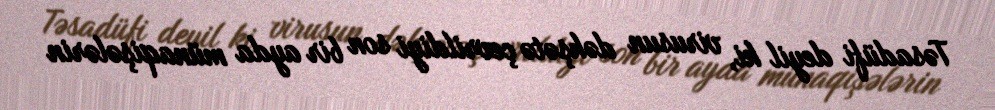
Təsadüfi deyil ki, virusun dəhşətə çevrildiyi son bir ayda münaqişələrin